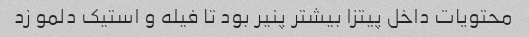
محتویات داخل پیتزا بیشتر پنیر بود تا فیله و استیک دلمو زد